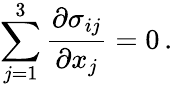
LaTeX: \sum_{j=1}^{3}\frac{\partial{\sigma_{ij}}}{\partial{x_{j}}}=0\, .